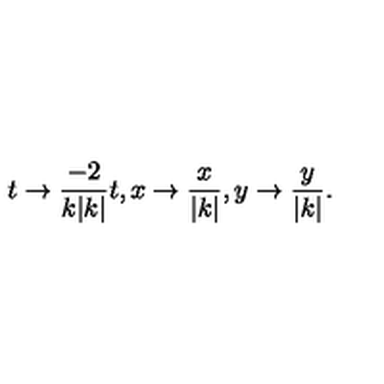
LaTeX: t \to { \frac { - 2 } { k | k | } } t , x \to { \frac { x } { | k | } } , y \to { \frac { y } { | k | } } .